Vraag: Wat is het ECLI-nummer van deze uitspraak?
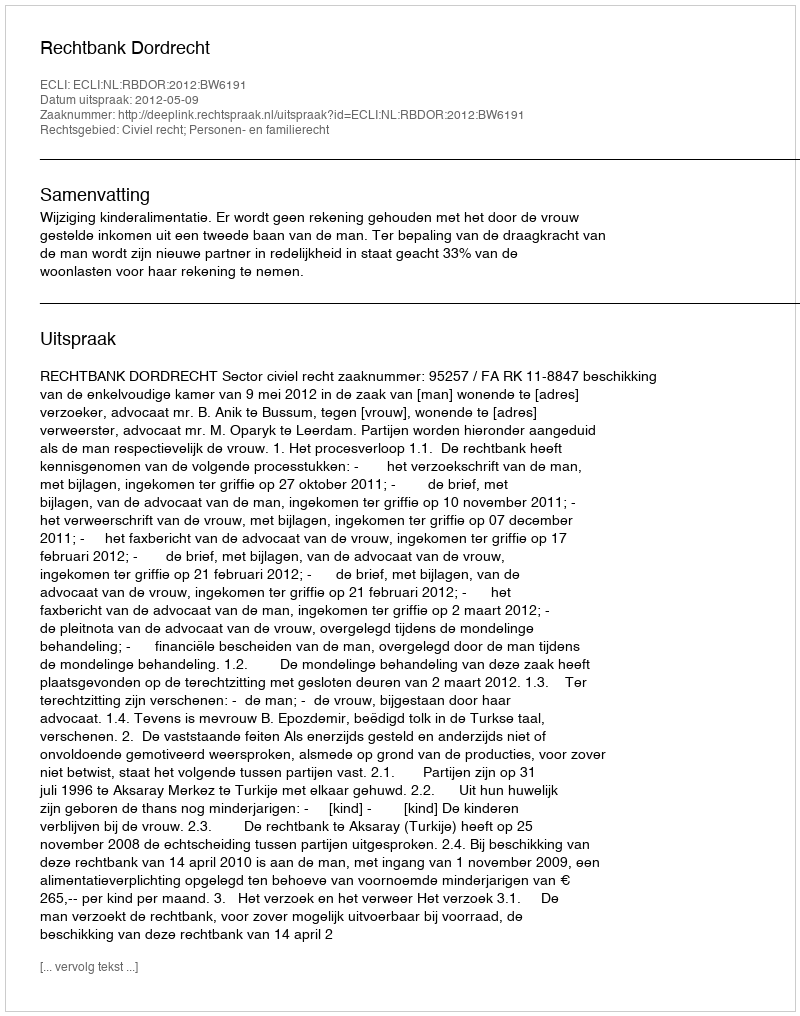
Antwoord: ECLI:NL:RBDOR:2012:BW6191